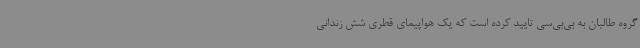
گروه طالبان به بی‌بی‌سی تایید کرده است که یک هواپیمای قطری شش زندانی